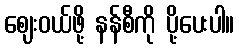
ဈေးဝယ်ဖို့ နန်စီကို ပို့ပေးပါ။